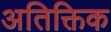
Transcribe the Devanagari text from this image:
अतिक्तिक